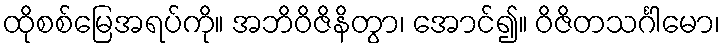
ထိုစစ်မြေအရပ်ကို။ အဘိဝိဇိနိတွာ၊ အောင်၍။ ဝိဇိတသင်္ဂါမော၊